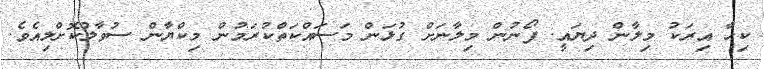
ކިހާ އިރަކު މިލާން ދިޔައީ. ފޯނުން މިލާނަށް ގުޅަން މަސައްކަތްކުރަމުން މިކްޔާން ސުވާލުކޮށްލިއެވެ.